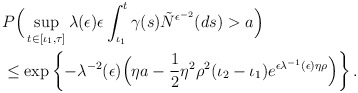
\begin{align*}\begin{aligned} &P\Big(\sup_{t\in[\iota_1,\tau]}\lambda(\epsilon)\epsilon\int^{t}_{\iota_1}\gamma(s)\tilde{N}^{\epsilon^{-2}}(ds)>a\Big)\\ &\leq \exp\left\{-\lambda^{-2}(\epsilon)\Big(\eta a-\frac{1}{2}\eta^2\rho^2(\iota_2-\iota_1)e^{\epsilon\lambda^{-1}(\epsilon)\eta\rho}\Big)\right\}.\end{aligned}\end{align*}